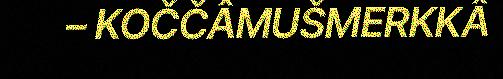
– KOČČÂMUŠMERKKÂ